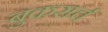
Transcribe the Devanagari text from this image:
बुकसर्च